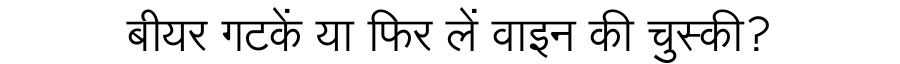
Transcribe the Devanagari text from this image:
बीयर गटकें या फिर लें वाइन की चुस्की?